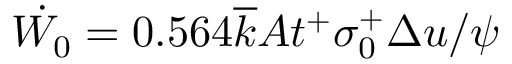
\dot { W _ { 0 } } = 0 . 5 6 4 \overline { { k } } A t ^ { + } \sigma _ { 0 } ^ { + } \Delta u / \psi